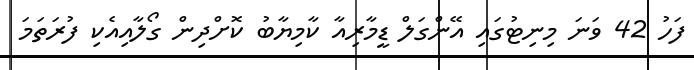
ފަހު 42 ވަނަ މިނިޓުގައި އޭންގަލް ޑީމާރިއާ ކާމިޔާބު ކޮށްދިން ގޯލާއިއެކި ފުރަތަމަ